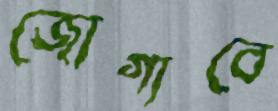
জোগাবে